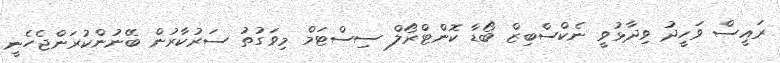
ރައީސް ވަހީދު ވިދާޅުވީ ނެކްސްބިޒް ބޯޑާ ކޮންޓްރޯލް ސިސްޓަމް މިވަގުތު ސަރުކާރުން ބޭނުންކުރަންޖެހެނީ